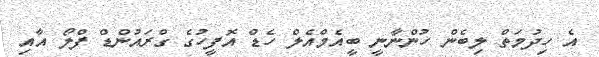
އެ ހިދުމަތް ލިބެން ހުންނާނީ ބީއެމްއެލް ހެޑް އޮފީހުގެ ގްރައުންޑް ފްލޯ އާއި